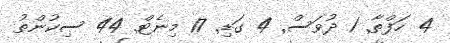
4 ހަފްތާ